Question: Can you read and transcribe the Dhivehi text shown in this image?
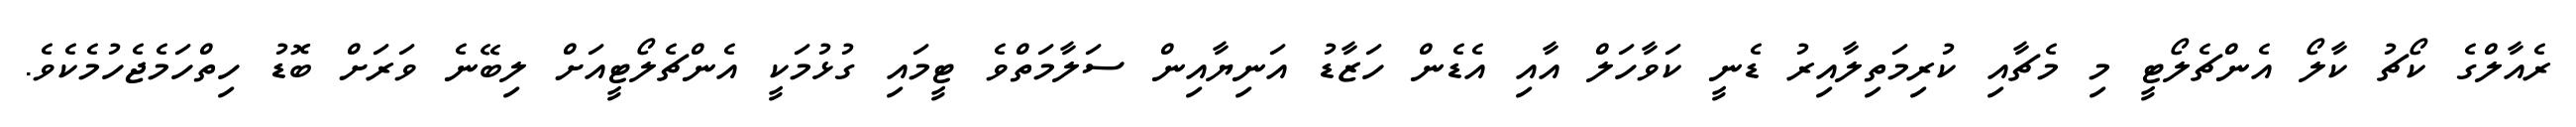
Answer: ރެއާލްގެ ކޯޗު ކާލޯ އެންޗެލޯޓީ މި މެޗާއި ކުރިމަތިލާއިރު ޑެނީ ކަވާހަލް އާއި އެޑެން ހަޒާޑު އަނިޔާއިން ސަލާމަތްވެ ޓީމައި ގުޅުމަކީ އެންޗެލޯޓީއަށް ލިބޭނެ ވަރަށް ބޮޑު ހިތްހަމެޖެހުމެކެވެ.